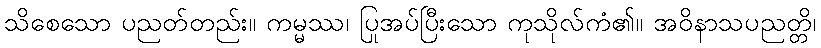
သိစေသော ပညတ်တည်း။ ကမ္မဿ၊ ပြုအပ်ပြီးသော ကုသိုလ်ကံ၏။ အဝိနာသပညတ္တိ၊